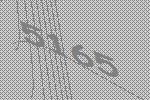
5165